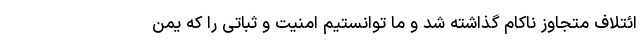
ائتلاف متجاوز ناکام گذاشته شد و ما توانستیم امنیت و ثباتی را که یمن